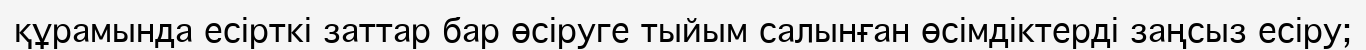
құрамында есірткі заттар бар өсіруге тыйым салынған өсімдіктерді заңсыз есіру;